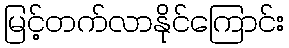
မြင့်တက်လာနိုင်ကြောင်း